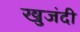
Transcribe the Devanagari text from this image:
खुजंदी